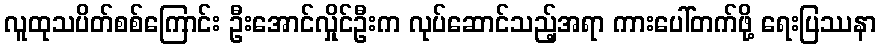
လူထုသပိတ်စစ်ကြောင်း ဦးအောင်လှိုင်ဦးက လုပ်ဆောင်သည့်အရာ ကားပေါ်တက်ဖို့ ရေးပြဿနာ